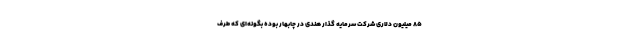
۸۵ میلیون دلاری شرکت سرمایه گذار هندی در چابهار بوده بگونه‌ای که طرف